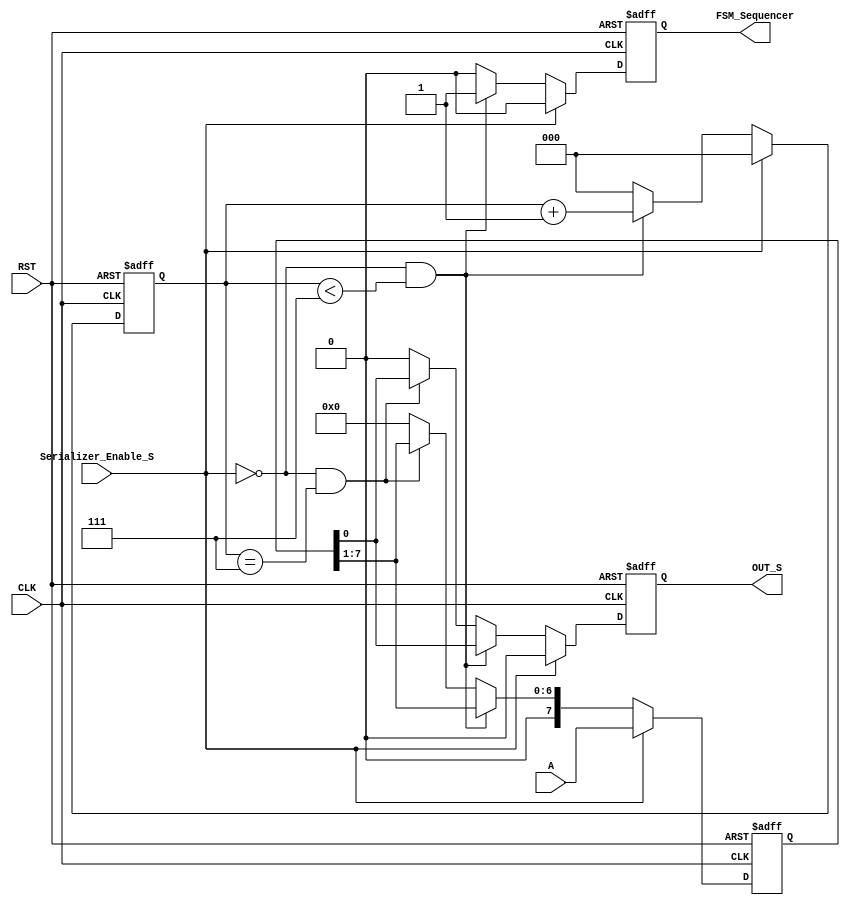
module Serializer (
input  wire CLK,
input  wire RST,
input  wire [7:0] A,
input  wire Serializer_Enable_S,
output reg  FSM_Sequencer,
output reg  OUT_S
);

reg [7:0] Serializer_S;
reg [2:0] Counter_reg;

always @ (posedge CLK or negedge RST)
    begin
        Serializer_S <= 8'b0;
        OUT_S <= 1'b0;
        Counter_reg <= 3'b0;
        FSM_Sequencer <=1'b0;

        if (!RST)
            begin
                Serializer_S <= 8'b0;
                OUT_S <= 1'b0;
                Counter_reg <= 3'b0;
                FSM_Sequencer <=1'b0;
            end

        else if (Serializer_Enable_S)
            Serializer_S <= A;

        else if ( !Serializer_Enable_S && Counter_reg < 3'd7 )
            begin
                OUT_S <= Serializer_S[0];
                Serializer_S <=  Serializer_S >>1;
                FSM_Sequencer <=1'b1;
                Counter_reg <= Counter_reg + 1'b1;
            end

        else if ( !Serializer_Enable_S && Counter_reg == 3'd7 )
            begin
                OUT_S <= Serializer_S[0];
                Serializer_S <=  Serializer_S >>1;
                FSM_Sequencer <=1'b0;
                Counter_reg <= 3'b0;
            end
    end

endmodule